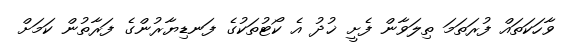
ވާހަކަތައް ފުރަތަމަ ތިލަވާން ފެށީ ޚުދު އެ ކޯޓުތަކުގެ ފަނޑިޔާރުންގެ ފަރާތުން ކަމަށް